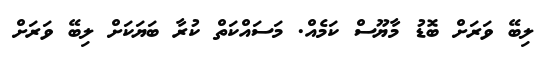
ލިބޭ ވަރަށް ބޮޑު މާޔޫސް ކަމެއް. މަސައްކަތް ކުރާ ބަޔަކަށް ލިބޭ ވަރަށް